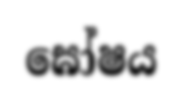
ඝෝෂය